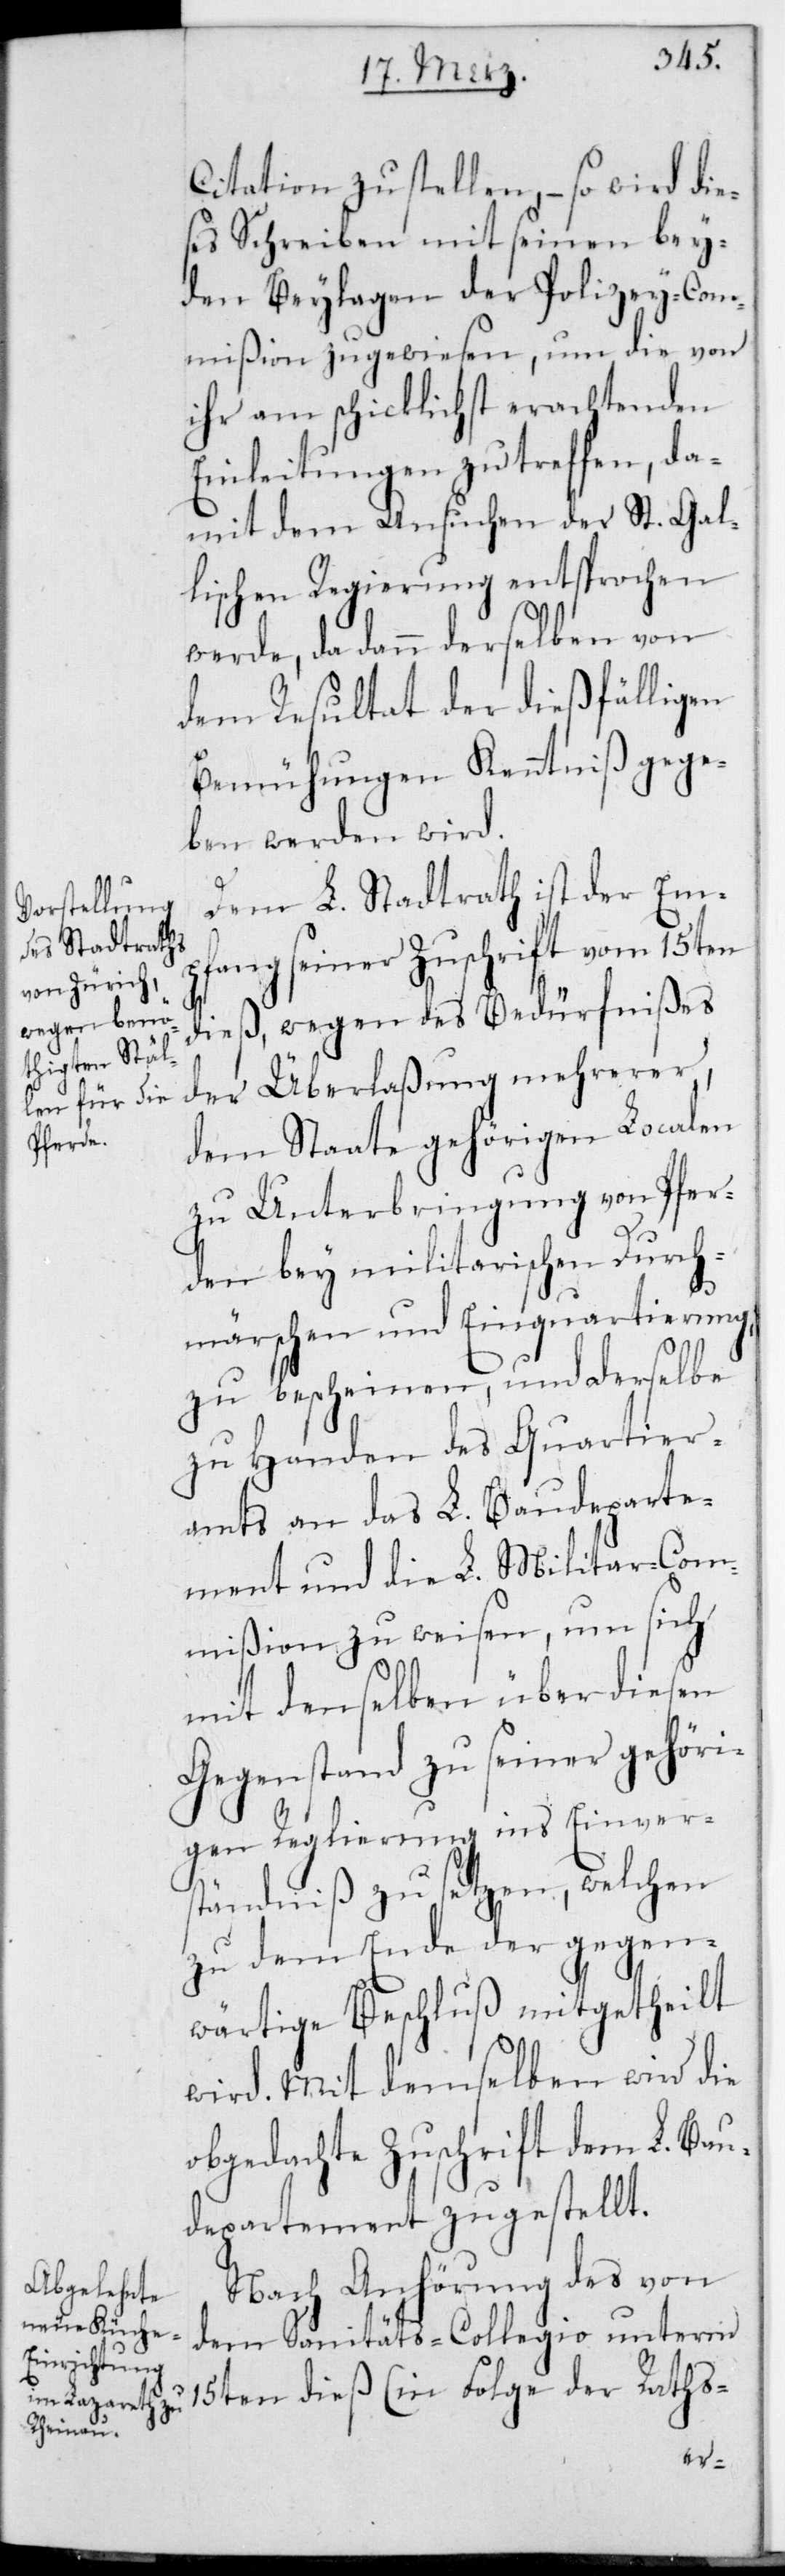
Citation zu stellen, – so wird die¬
ses Schreiben mit seinen bey¬
den Beylagen der Polizey-Com¬
mißion zugewiesen, um die von
ihr am schicklichst erachtenden
Einleitungen zu treffen, da¬
mit dem Ansuchen der St. Gal¬
lischen Regierung entsprochen
werde, da dann derselben von
dem Resultat der dießfälligen
Bemühungen Kenntniß gege¬
ben werden wird.
Dem L. Stadtrath ist der Em¬
pfang seiner Zuschrift vom 15ten
dieß, wegen des Bedürfnißes
der Überlaßung mehrerer,
dem Staate gehörigen Localen
zu Unterbringung von Pfer¬
den bey miltärischen Durch¬
märschen und Einquartierung,
zu bescheinen, und derselbe
zu Handen des Quartier¬
amts an das L. Baudeparte¬
ment und die L. Militar-Com¬
mißion zu weisen, um sich
mit denselben über diesen
Gegenstand zu seiner gehöri¬
gen Reglierung ins Einver¬
ständniß zu setzen, welchen
zu dem Ende der gegen¬
wärtige Beschluß mitgetheilt
wird. Mit demselben wird die
obgedachte Zuschrift dem L. Bau¬
departement zugestellt.
Nach Anhörung des von
dem Sanitäts-Collegio unterm
15ten dieß (in Folge der Raths-